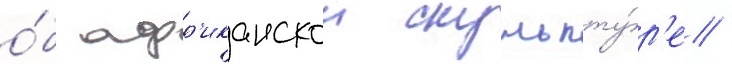
о́б афр'иканскои скульпту́р'е /